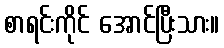
စာရင်းကိုင် အောင်ပြီးသား။